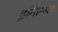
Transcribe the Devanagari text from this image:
इनिएस्टा